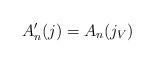
LaTeX: \begin{align*} A'_n(j) = A_n(j_V)\end{align*}